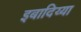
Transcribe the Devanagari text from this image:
इबादिय्या